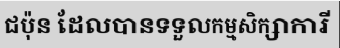
ជប៉ុន ដែលបានទទួលកម្មសិក្សាការី